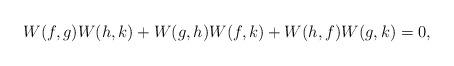
LaTeX: \begin{align*} W(f,g)W(h,k) +W(g,h) W(f,k)+W(h,f) W(g,k)=0 ,\end{align*}